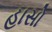
હાસો